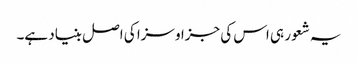
یہ شعور ہی اس کی جزا و سزا کی اصل بنیاد ہے۔